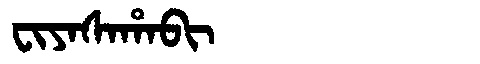
Manchu: ᠸᡳᠶᠠᠰᠠᡥᠠᠪᡳ
Romanization: FIYASAHABI